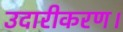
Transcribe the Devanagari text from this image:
उदारीकरण।